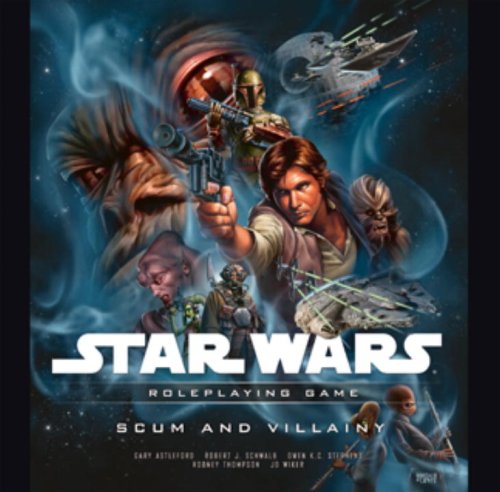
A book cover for Scum and Villainy (Star Wars Roleplaying Game); Gary Astleford; Science Fiction & Fantasy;